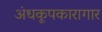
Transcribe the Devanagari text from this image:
अंधकूपकारागार